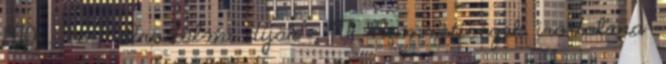
1970 . 9:6-7. Irodalmi díjak – 1971. Nemzetiségek irodalma: